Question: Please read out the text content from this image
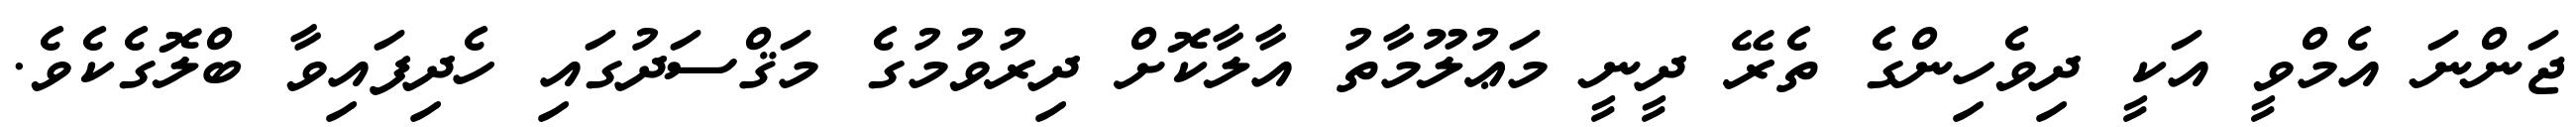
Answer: ޖަންނަ އެމްވީ އަކީ ދިވެހިންގެ ތެރޭ ދީނީ މަޢުލޫމާތު އާލާކޮށް ދިރުވުމުގެ މަޤްސަދުގައި ހެދިފައިވާ ބްލޮގެކެވެ.